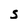
Character: s